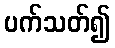
ပက်သတ်၍